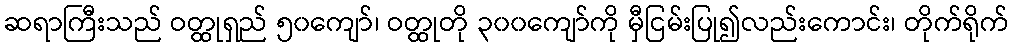
ဆရာကြီးသည် ဝတ္ထုရှည် ၅၀ကျော်၊ ဝတ္ထုတို ၃၀၀ကျော်ကို မှီငြမ်းပြု၍လည်းကောင်း၊ တိုက်ရိုက်